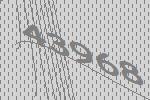
43968